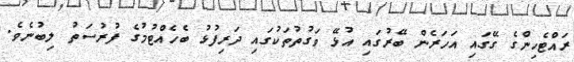
ރައްޓެހިންގެ ގޭގައި އަހަރެން ބޭރުގައި އުޅޭ ވަގުތުތަކުގައި ދަރިފުޅު ބެހެއްޓުމުގެ ފުރުސަތު ލިބުނެވެ.